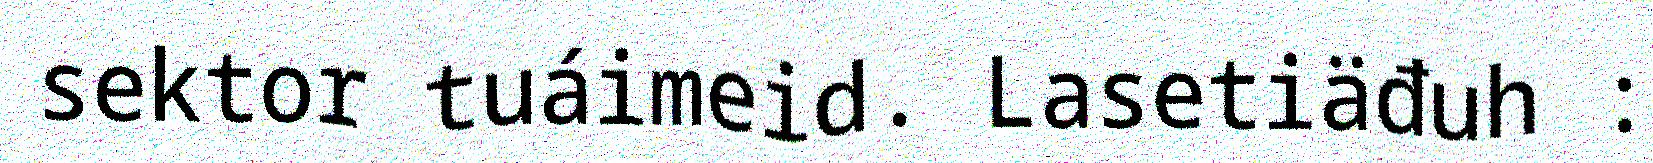
sektor tuáimeid. Lasetiäđuh :